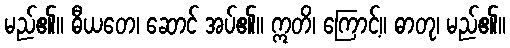
မည်၏။ ဓီယတေ၊ ဆောင် အပ်၏။ ဣတိ၊ ကြောင့်။ ဓာတု၊ မည်၏။